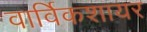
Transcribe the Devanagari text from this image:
वार्विकशायर